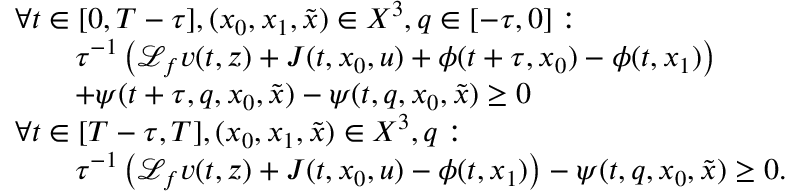
\begin{array} { r l } & { \forall t \in [ 0 , T - \tau ] , ( x _ { 0 } , x _ { 1 } , \tilde { x } ) \in X ^ { 3 } , q \in [ - \tau , 0 ] : } \\ & { \qquad \tau ^ { - 1 } \left( \mathcal { L } _ { f } v ( t , z ) + J ( t , x _ { 0 } , u ) + \phi ( t + \tau , x _ { 0 } ) - \phi ( t , x _ { 1 } ) \right) } \\ & { \qquad + \psi ( t + \tau , q , x _ { 0 } , \tilde { x } ) - \psi ( t , q , x _ { 0 } , \tilde { x } ) \geq 0 } \\ & { \forall t \in [ T - \tau , T ] , ( x _ { 0 } , x _ { 1 } , \tilde { x } ) \in X ^ { 3 } , q : } \\ & { \qquad \tau ^ { - 1 } \left( \mathcal { L } _ { f } v ( t , z ) + J ( t , x _ { 0 } , u ) - \phi ( t , x _ { 1 } ) \right) - \psi ( t , q , x _ { 0 } , \tilde { x } ) \geq 0 . } \end{array}